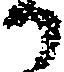
か